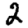
Digit: 2